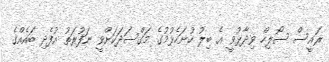
ރައީސް ސޯލިހް ވިދާޅުވީ އެ ބިލު ހުށަހެޅުމުގެ މަގްސަދަކަށްވީ ނަފުރަތު އުފެދި ބައެއްގެ